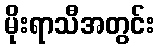
မိုးရာသီအတွင်း